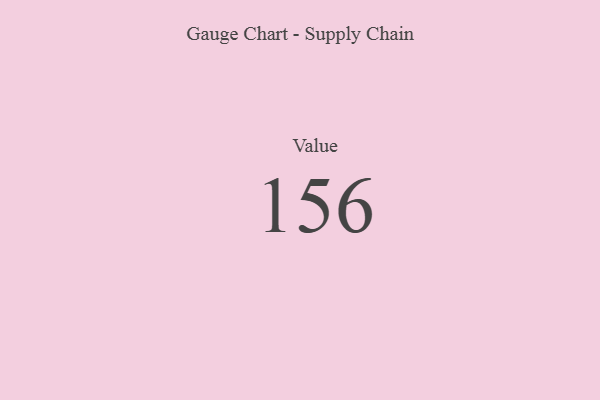
{"axis": {"x": "Metric", "y": "Value"}, "legend": [""], "data": [{"x": "Value", "y": 156, "type": ""}]}